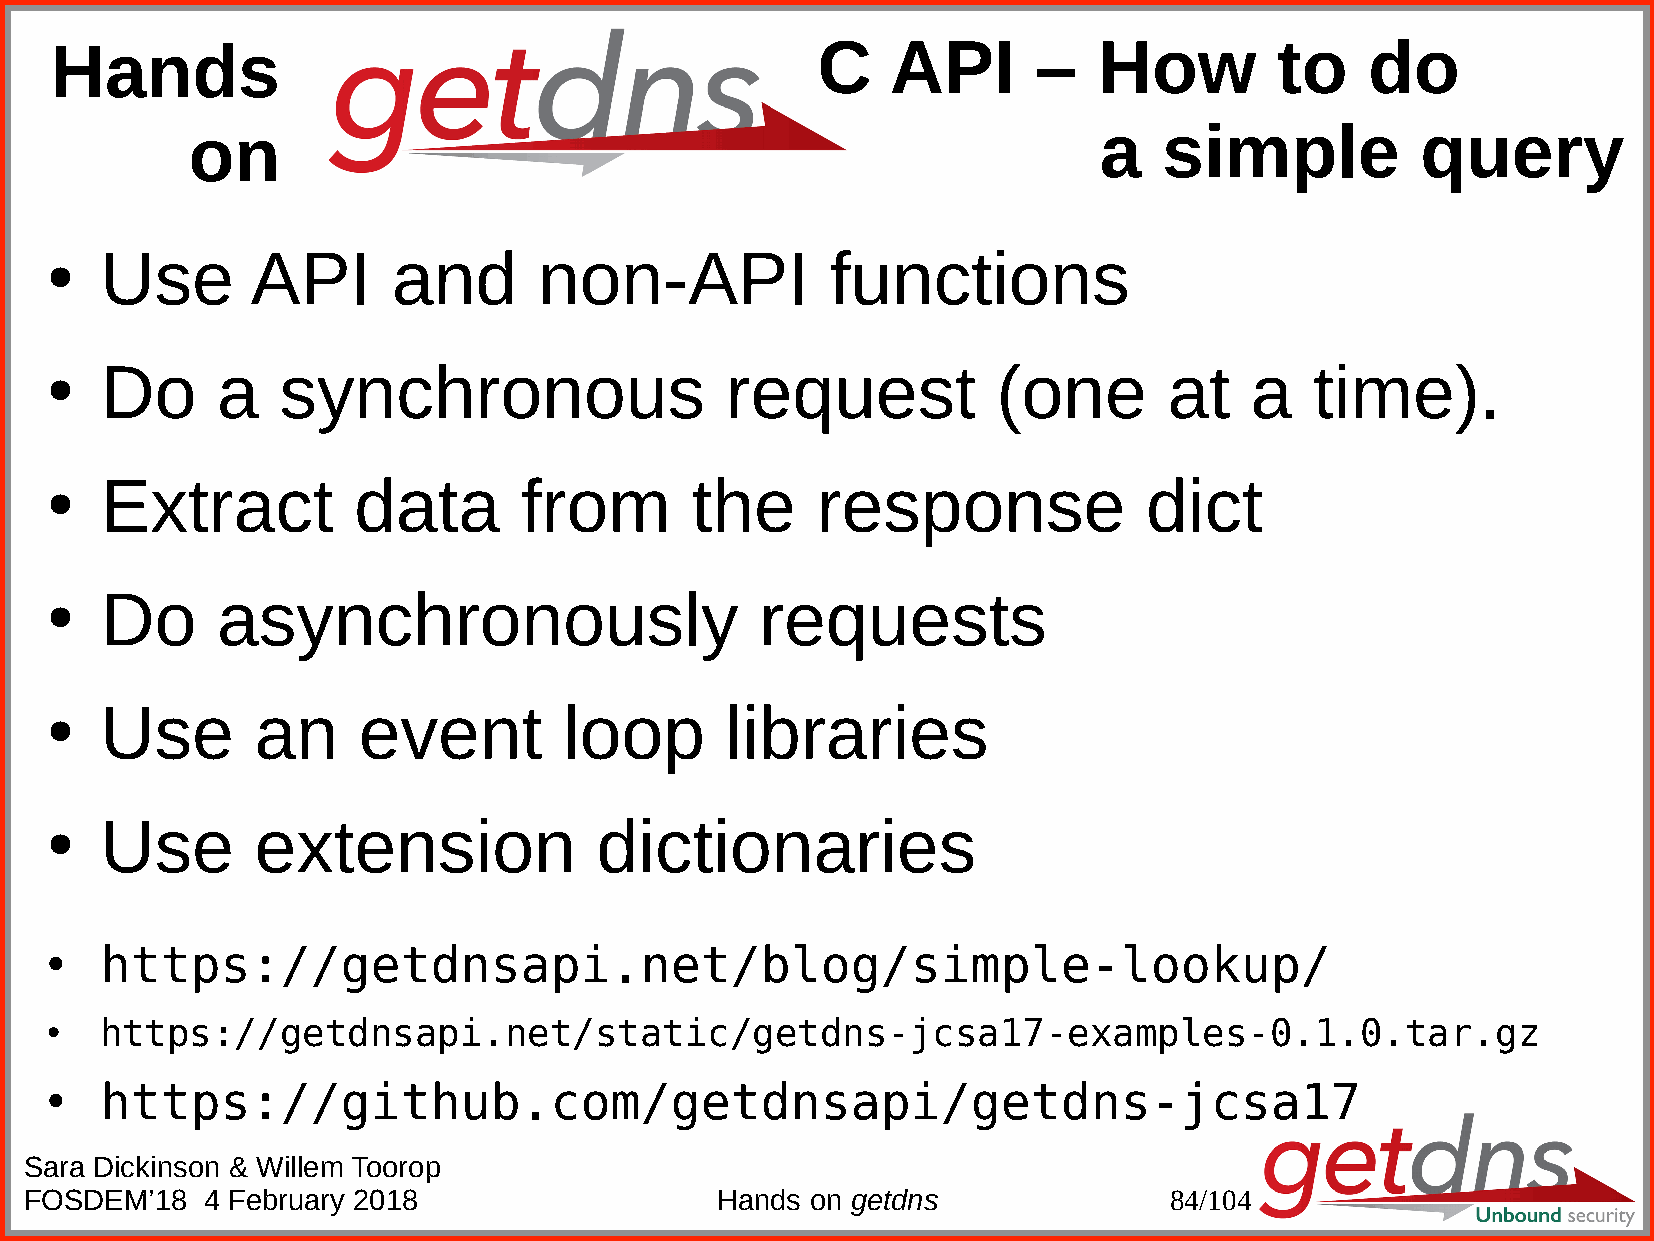
Hands                                              C    API       –   How         to    do
 on                                                           a   simple           query
 Use       API      and       non-API            functions
 ●
 Do     a   synchronous                   request           (one       at    a   time).
 ●
 Extract         data       from        the     response              dict
 ●
 Do     asynchronously                      requests
 ●
 Use       an     event        loop       libraries
 ●
 Use       extension             dictionaries
 ●
 https://getdnsapi.net/blog/simple-lookup/
 ●
 https://getdnsapi.net/static/getdns-jcsa17-examples-0.1.0.tar.gz
 ●
 https://github.com/getdnsapi/getdns-jcsa17
 ●
 Sara Dickinson & Willem Toorop
 FOSDEM’18  4 February 2018                   Hands  on getdns              84/104